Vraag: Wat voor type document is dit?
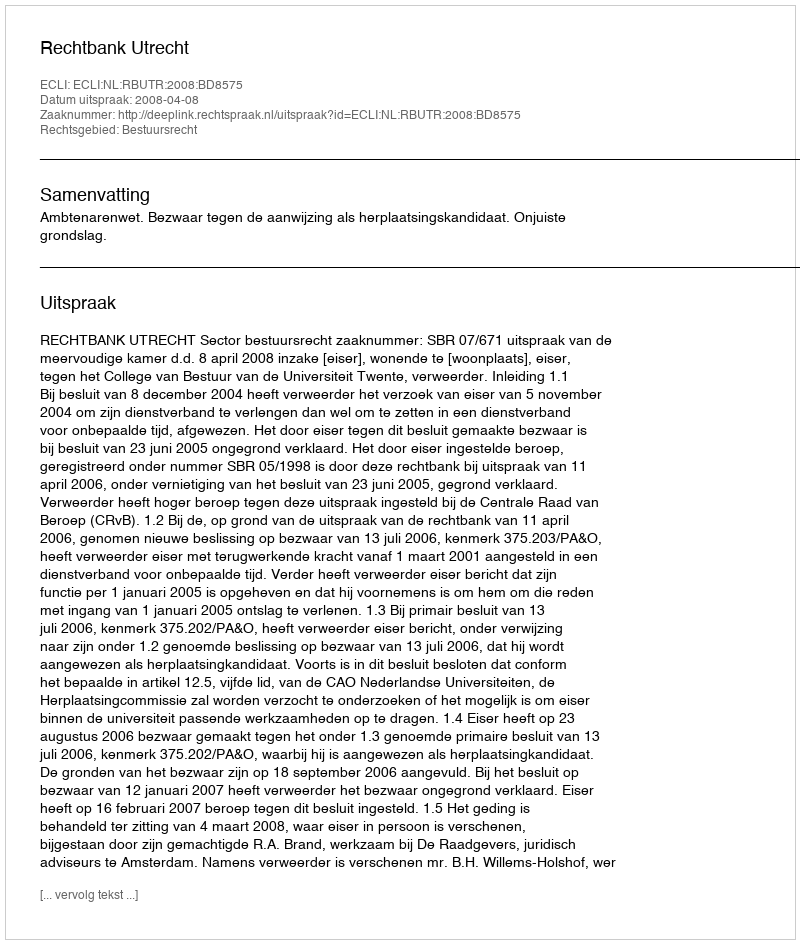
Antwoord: Uitspraak